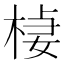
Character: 𣔃